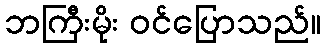
ဘကြီးမိုး ဝင်ပြောသည်။